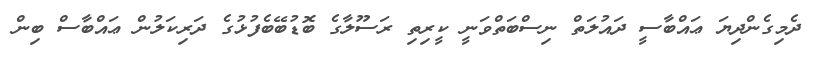
ދެމިގެންދިޔަ ޢައްބާސީ ދައުލަތް ނިސްބަތްވަނީ ކީރިތި ރަސޫލާގެ ބޮޑުބޭބެފުޅުގެ ދަރިކަލުން ޢައްބާސް ބިން